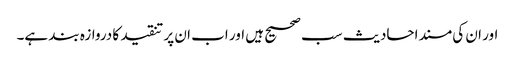
اور ان کی مسند احادیث سب صحیح ہیں اور اب ان پر تنقید کا دروازہ بند ہے۔